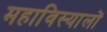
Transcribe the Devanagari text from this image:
महाविस्यालों